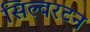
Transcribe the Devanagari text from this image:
सिल्वरटन